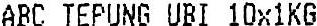
ABC TEPUNG UBI 10X1KG